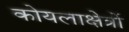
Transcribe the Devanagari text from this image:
कोयलाक्षेत्रों